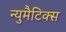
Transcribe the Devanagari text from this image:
न्युमैटिक्स